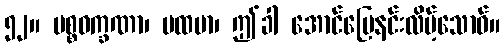
၅၂။ ပစ္စဝက္ခဏာ၊ ပထမာ၊ ဤခါ အောင်မြေနင်းလိမ့်သောဝ်။